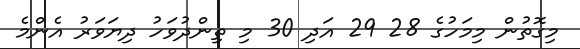
މިގޮތުން މިމަހުގެ 28 29 އަދި 30 މި ތިންދުވަހު ދިޔަވަރު އެންމެ